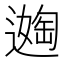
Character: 𬩈